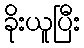
ခိုးယူပြီး